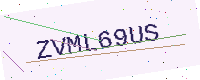
Text: ZVML69US